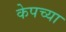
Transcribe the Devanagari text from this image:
केपच्या